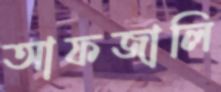
আফজালি